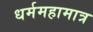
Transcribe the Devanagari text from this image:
धर्ममहामात्र